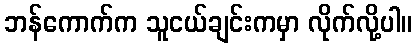
ဘန်ကောက်က သူငယ်ချင်းကမှာ လိုက်လို့ပါ။